system: You are a helpful assistant.
user:
Analyze the provided spectrum to determine if it is a **M-type Giant (gM)**.

A M-type Giant spectrum is defined by its **strong molecular absorption** features, particularly from **Titanium Oxide (TiO)**. You must check for one of the following mutually exclusive signatures:

- **Key Visual Indicators (Absorption-Dominated Spectrum):**

    - **(Primary):** The spectrum is dominated by strong molecular absorption from **Titanium Oxide (TiO)**. This is the **defining feature** of its M-type temperature class.
        - **(Key Bandheads):** Look for sharp, "saw-tooth" absorption valleys. The strongest are located near **~7050 Å**, **~6160 Å**, and **~5170 Å**.
        - **(Line Profile):** The "saw-tooth" morphology is critical: a **sharp, steep drop on the BLUE (short-wavelength) side** of the bandhead, followed by a gradual recovery (rising flux) towards the RED (long-wavelength) side.

    - **(Key Confirmation - Giant vs. Dwarf):** **ABSENCE** of strong **Calcium Hydride (CaH)** molecular bands. This is the primary diagnostic for *excluding* M-dwarfs.
        - **(Key Region):** The spectrum should lack the strong, broad absorption band seen in dwarfs between **~6800 Å and ~7000 Å**.

    - **(Secondary Confirmation - Giant):** A very strong and broad **Neutral Calcium (Ca I)** atomic absorption line.
        - **(Key Line):** Located at **~4226 Å**. In a giant (gM), this line is significantly deeper and broader than the same line in an M-dwarf (dM) due to low surface gravity.

    - **(Overall Spectrum):**
        - The continuum is **extremely red-sloping** (i.e., flux is very low in the blue and rises dramatically towards the red).
        - The entire spectrum appears "chopped up" by the deep TiO bands.

Think first, call **spectral_visualization_tool** if needed to examine features in detail, then provide your final answer. Your response must adhere to the following strict rules:
1.  **Overall Structure:** Your response must follow the format `<think>...</think> <tool_call>...</tool_call> (if a tool is used) <answer>...</answer>`.
2.  **Tool Usage Constraint:** You may only make **one** tool call per turn.
3.  **Final Answer Format:** In the `<answer>` tag, your conclusion must be inside a `\boxed{}` command (e.g., `\boxed{YES}` or `\boxed{NO}`), followed by your justification.

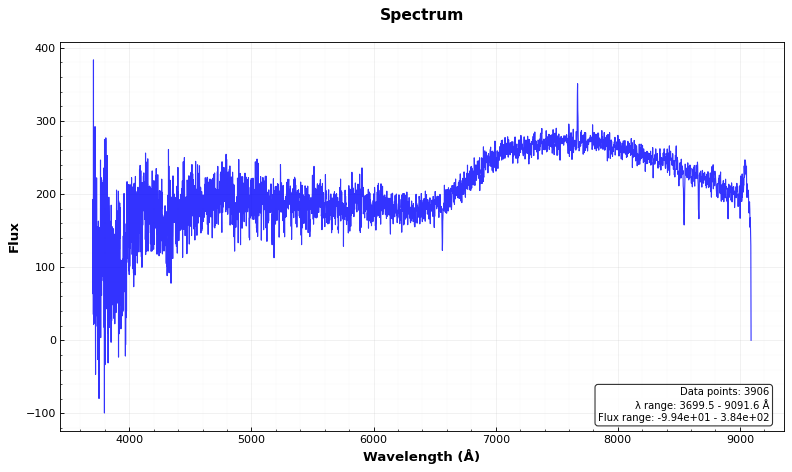
Answer: NO